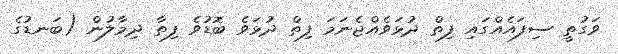
ވަގުތީ ސިފައެއްގައި ފިތް ދުޅަވެއްޖެނަމަ ފިތް ދުޅަވެ ބޮޑުވެ ފިތާ ދިމާލުން (ބަނޑުގެ